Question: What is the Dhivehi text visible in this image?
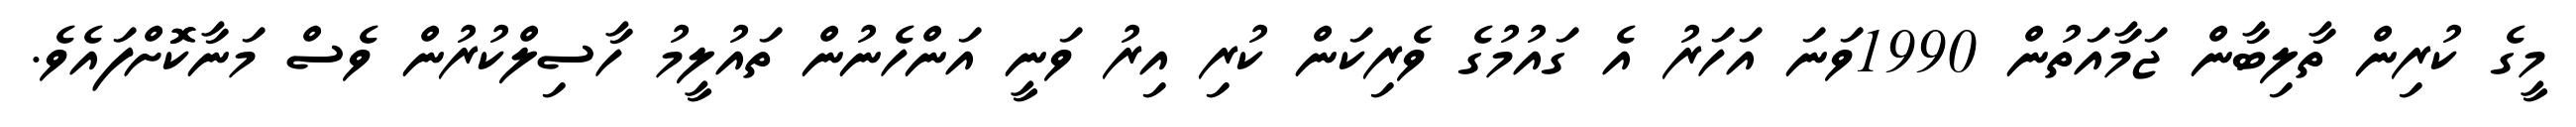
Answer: މީގެ ކުރިން ތާލިބާން ޖަމާއަތުން 1990ވަނަ އަހަރު އެ ގައުމުގެ ވެރިކަން ކުރި އިރު ވަނީ އަންހެނުން ތައުލީމު ހާސިލްކުރުން ވެސް މަނާކޮޮށްފައެވެ.